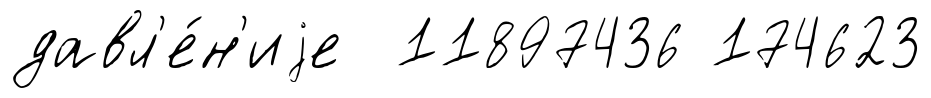
давл'е́н'иjе 11897436 174623